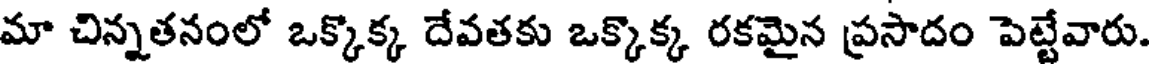
మా చిన్నతనంలో ఒక్కొక్క దేవతకు ఒక్కొక్క రకమైన ప్రసాదం పెట్టేవారు.